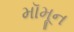
મૉમૂન